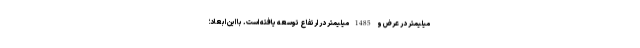
میلیمتر در عرض و 1485 میلیمتر در ارتفاع توسعه یافته است. با این ابعاد؛